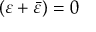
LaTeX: ( \varepsilon + { \bar { \varepsilon } } ) = 0